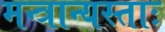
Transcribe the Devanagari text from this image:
मन्त्रान्यस्ताः